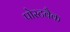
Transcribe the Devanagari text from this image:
पोस्टबैक